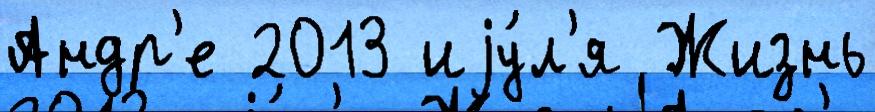
Андр'е 2013 иjу́л'я Жизнь